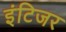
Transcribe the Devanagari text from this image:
इंटिजर